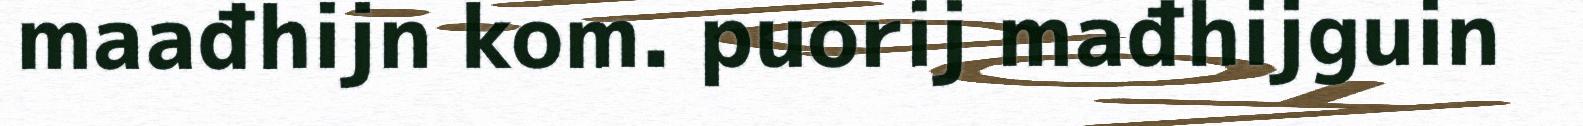
maađhijn kom. puorij mađhijguin